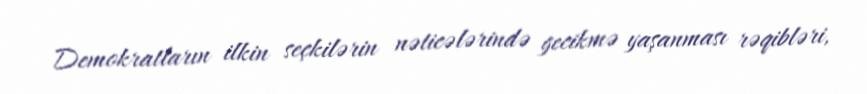
Demokratların ilkin seçkilərin nəticələrində gecikmə yaşanması rəqibləri,